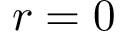
r = 0